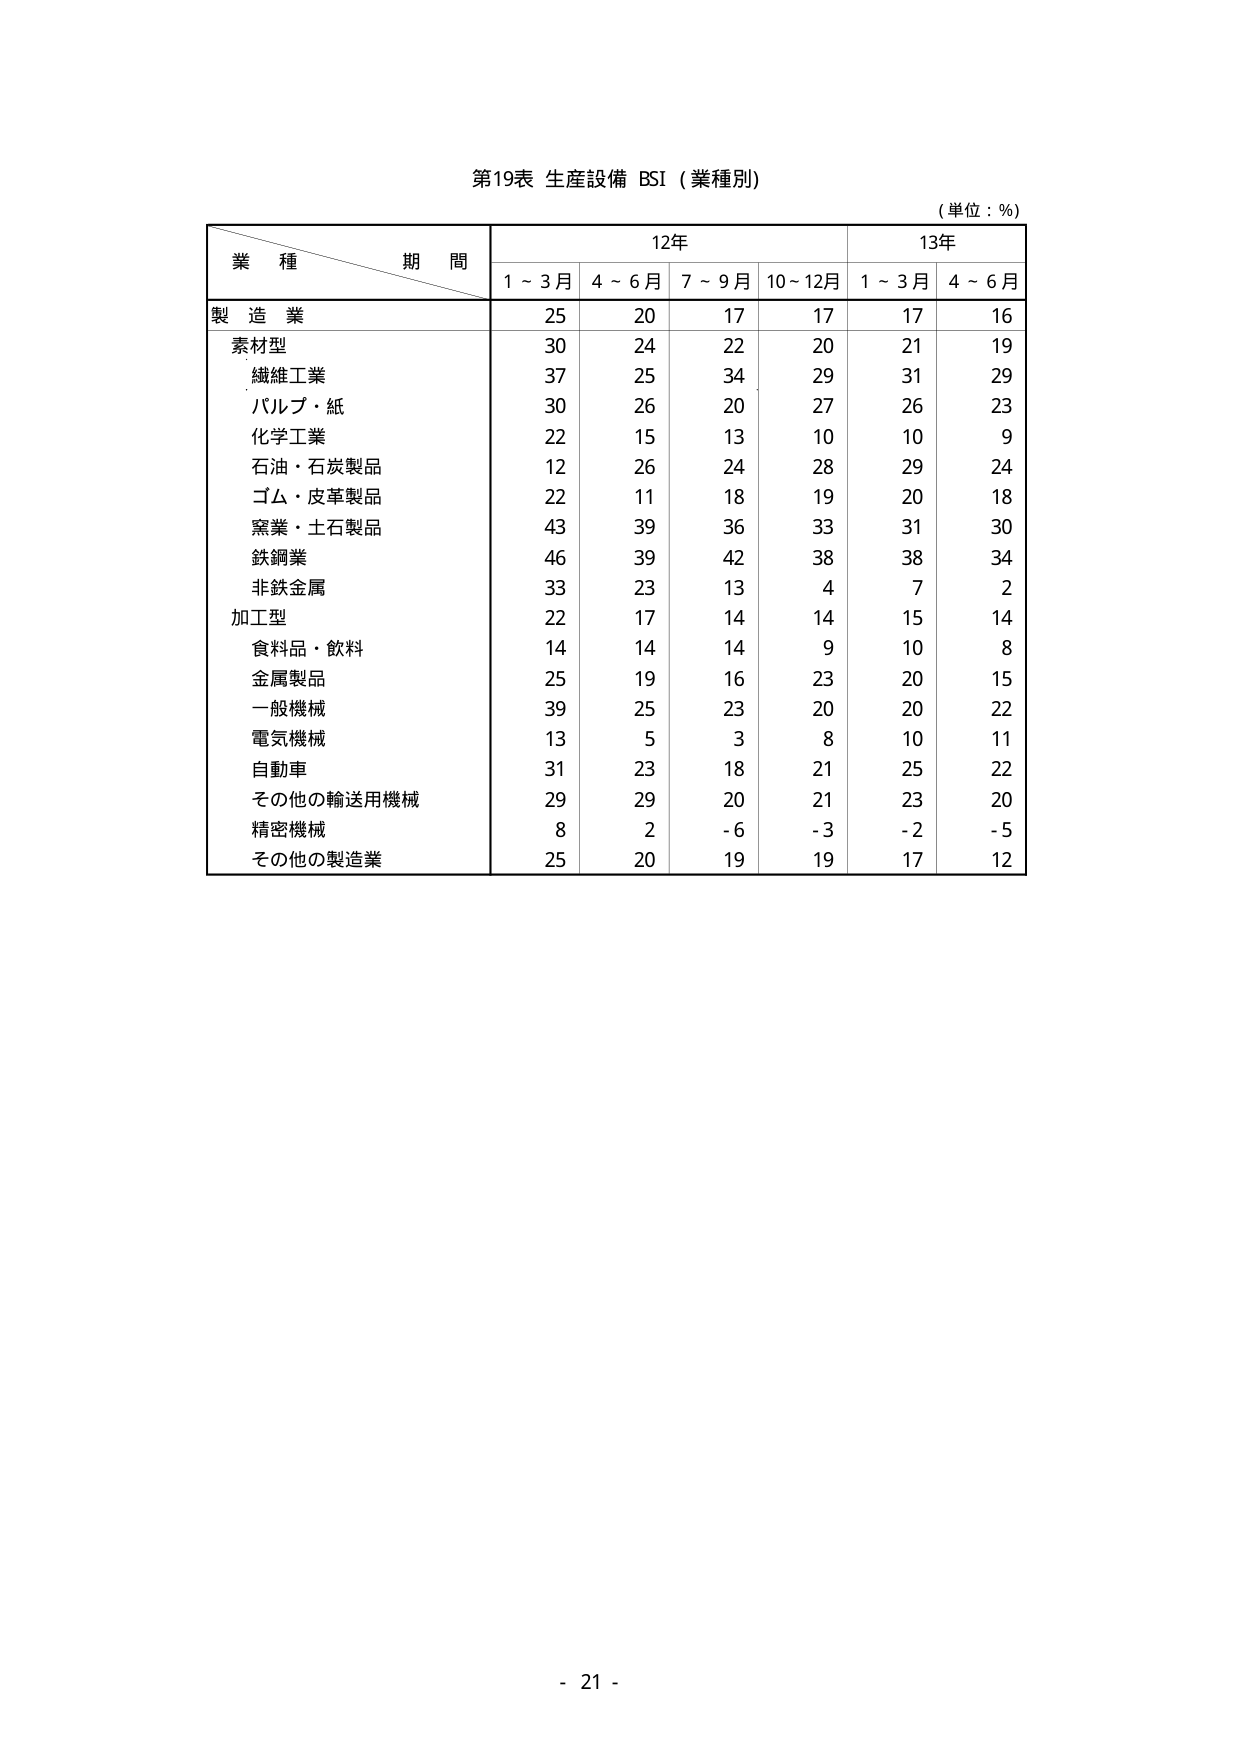
第19表 生産設備 BSI（業種別）
（単位：％）

業種 期間
12年 13年
1～3月 4～6月 7～9月 10～12月 1～3月 4～6月

製造業
25 20 17 17 17 16

素材型
30 24 22 20 21 19
繊維工業
37 25 34 29 31 29
パルプ・紙
30 26 20 27 26 23
化学工業
22 15 13 10 10 9
石油・石炭製品
12 26 24 28 29 24
ゴム・皮革製品
22 11 18 19 20 18
窯業・土石製品
43 39 36 33 31 30
鉄鋼業
46 39 42 38 38 34
非鉄金属
33 23 13 4 7 2

加工型
22 17 14 14 15 14
食料品・飲料
14 14 14 9 10 8
金属製品
25 19 16 23 20 15
一般機械
39 25 23 20 20 22
電気機械
13 5 3 8 10 11
自動車
31 23 18 21 25 22
その他の輸送用機械
29 29 20 21 23 20
精密機械
8 2 -6 -3 -2 -5
その他の製造業
25 20 19 19 17 12

- 21 -